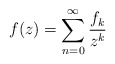
\begin{align*}f(z)=\sum^\infty_{n=0}\frac{f_k}{z^k}\end{align*}